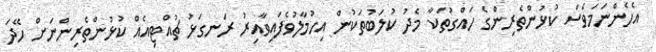
އެހެންނަމަވެސް ކުޅުންތެރިންގެ ހައްގުތަކާ މެދު ކުލަބުތަކުން އިހުމާލުވެފައިވާއިރު ރަނގަޅު ޗުއްޓިއެއް ކުޅުންތެރިންނަށް ހޭދަ